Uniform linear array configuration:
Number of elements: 48
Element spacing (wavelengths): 0.25
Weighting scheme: cosine
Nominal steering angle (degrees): -30
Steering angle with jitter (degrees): -31.681
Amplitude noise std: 0.05
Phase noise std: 0.05

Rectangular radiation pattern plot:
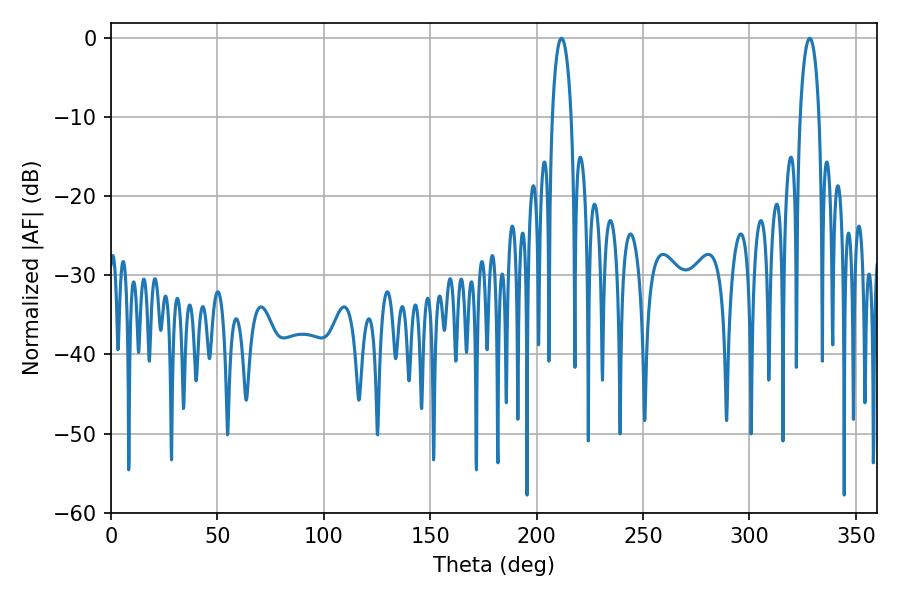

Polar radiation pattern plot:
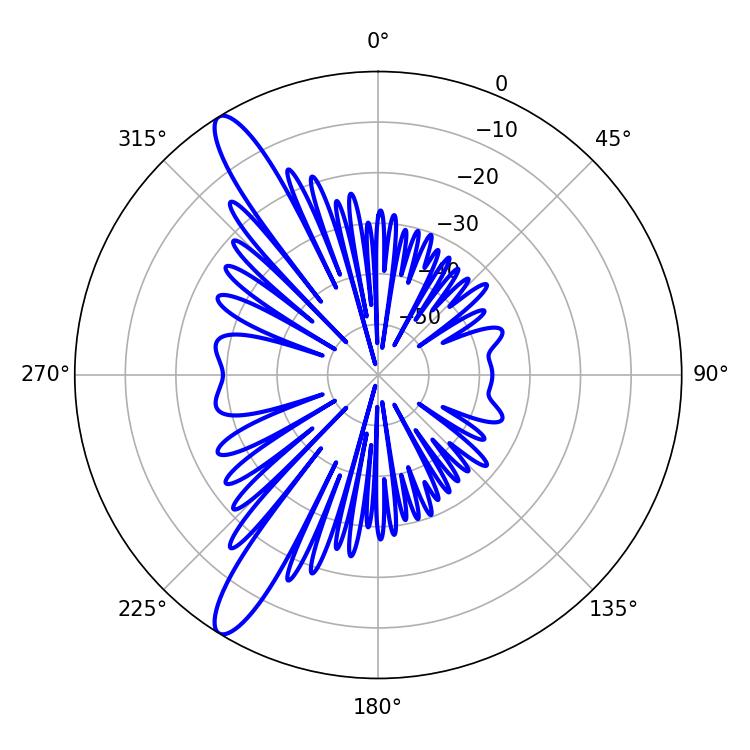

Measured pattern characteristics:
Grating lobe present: FALSE
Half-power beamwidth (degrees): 5.04
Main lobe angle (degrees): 328.32